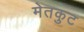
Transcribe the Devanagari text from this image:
मेतकुट